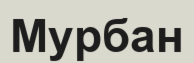
Мурбан